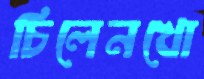
চিলেনখো